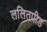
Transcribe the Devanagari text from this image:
ललितपीड